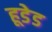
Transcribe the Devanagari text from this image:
हूडेड